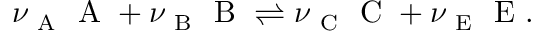
\begin{array} { r } { \nu _ { \mathrm { ~ A ~ } } \mathrm { ~ A ~ } + \nu _ { \mathrm { ~ B ~ } } \mathrm { ~ B ~ } \rightleftharpoons \nu _ { \mathrm { ~ C ~ } } \mathrm { ~ C ~ } + \nu _ { \mathrm { ~ E ~ } } \mathrm { ~ E ~ } . } \end{array}